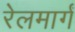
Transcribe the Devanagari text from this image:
रेलमार्गं